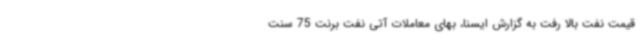
قیمت نفت بالا رفت به گزارش ایسنا، بهای معاملات آتی نفت برنت 75 سنت